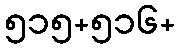
၅၁၅+၅၁၆+